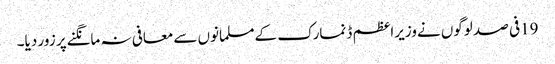
19فی صد لوگوں نےوزیراعظم ڈنمارک کےمسلمانوں سےمعافی نہ مانگنےپر زور دیا۔